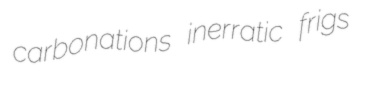
carbonations inerratic frigs